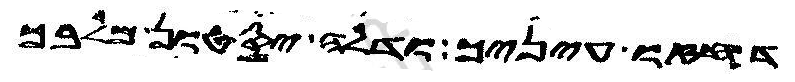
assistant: דחזו עיניך ודלה יסטון מלבך